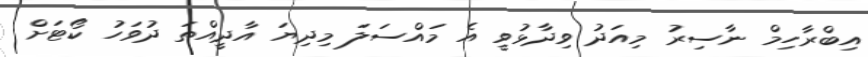
އިބްރާހިމް ނާސިރު މިއަދު ވިދާޅުވީ އެ މައްސަލަ މިދިޔަ އާދީއްތަ ދުވަހު ކޯޓަށް